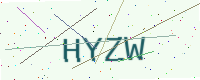
Text: HYZW